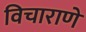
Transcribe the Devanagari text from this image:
विचाराणे